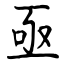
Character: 亟